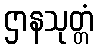
ဌာနသုတ္တံ